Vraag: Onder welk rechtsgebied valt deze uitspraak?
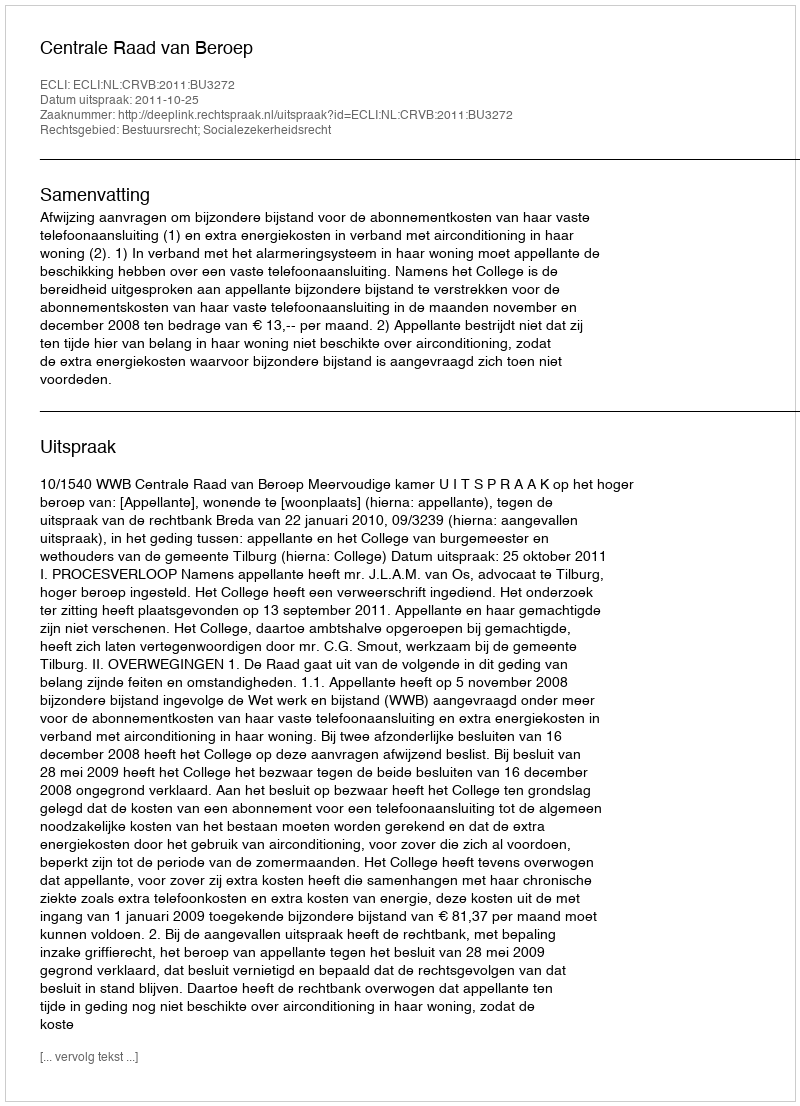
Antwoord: Bestuursrecht; Socialezekerheidsrecht